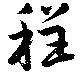
程